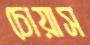
চোয়াস